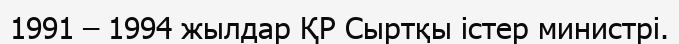
1991 – 1994 жылдар ҚР Сыртқы істер министрі.